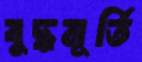
বুদ্ধমূর্তি